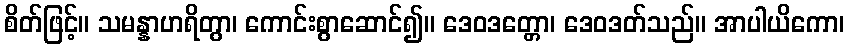
စိတ်ဖြင့်။ သမန္နာဟရိတွာ၊ ကောင်းစွာဆောင်၍။ ဒေဝဒတ္တော၊ ဒေဝဒတ်သည်။ အာပါယိကော၊